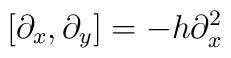
[\partial_x , \partial_y ] = -h\partial_x^2